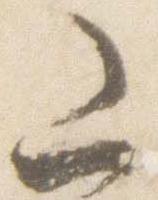
山